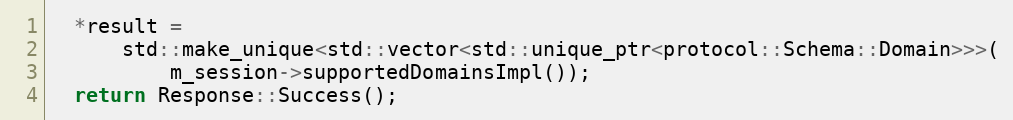
Language: C++
  *result =
      std::make_unique<std::vector<std::unique_ptr<protocol::Schema::Domain>>>(
          m_session->supportedDomainsImpl());
  return Response::Success();